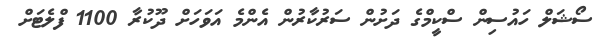
ސޯޝަލް ހައުސިން ސްކީމްގެ ދަށުން ސަރުކާރުން އެންމެ އަވަހަށް ދޫކުރާ 1100 ފްލެޓަށް